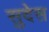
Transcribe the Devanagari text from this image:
सुदेस